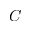
C